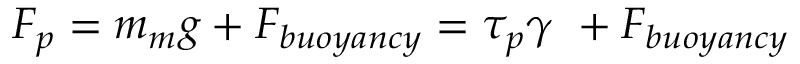
F _ { p } = m _ { m } g + F _ { b u o y a n c y } = \tau _ { p } \gamma \ + F _ { b u o y a n c y }